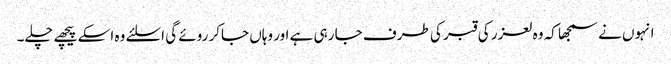
انہوں نے سمجھا کہ وہ لعزر کی قبر کی طرف جا رہی ہے اور وہاں جاکر روئے گی اسلئے وہ اسکے پیچھے چلے۔